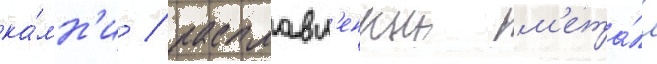
ка́мн'и / расплавл'енныи м'ета́лл